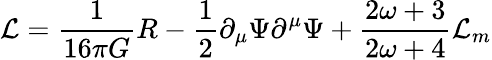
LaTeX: {\cal L}=\frac{1}{16\pi G}R-\frac{1}{2}\partial_{\mu}\Psi\partial^{\mu}\Psi+\frac{2\omega+3}{2\omega+4}{\cal L}_{m}